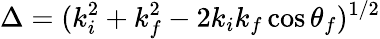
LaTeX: \Delta=(k_{i}^{2}+k_{f}^{2}-2k_{i}k_{f}\cos\theta_{f})^{1/2}